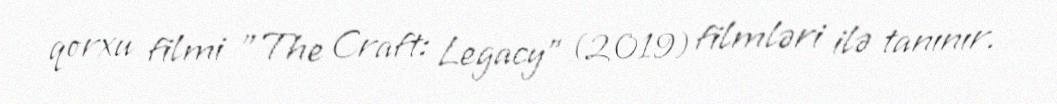
qorxu filmi "The Craft: Legacy" (2019) filmləri ilə tanınır.